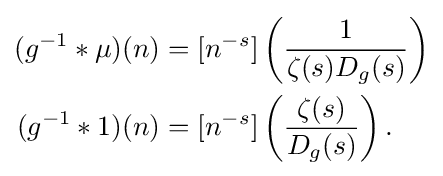
{\begin{aligned}(g^{-1}\ast \mu )(n)&=[n^{-s}]\left({\frac {1}{\zeta (s)D_{g}(s)}}\right)\\(g^{-1}\ast 1)(n)&=[n^{-s}]\left({\frac {\zeta (s)}{D_{g}(s)}}\right).\end{aligned}}